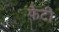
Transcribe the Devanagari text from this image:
फ़ैटी